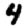
Digit: 4